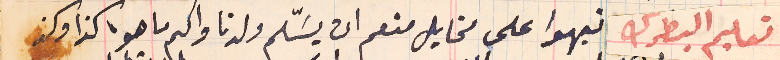
تعليم البطرك نبهوا على مخايل منعم ان يسَّلم ولدنا واكيم ما هو كذا وكذ